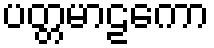
ပတ္တမာဠကော